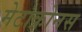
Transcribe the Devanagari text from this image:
मेटाक्रोनस